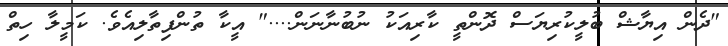
"ދެން އިޔާޝް ބުލީކުރިޔަސް ދޮންތީ ކާރިއަކު ނުބުނާނަން...." އީކާ ތުންފިތާލިއެވެ. ކަމީލާ ހިތް